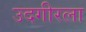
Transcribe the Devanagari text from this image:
उदगीरला